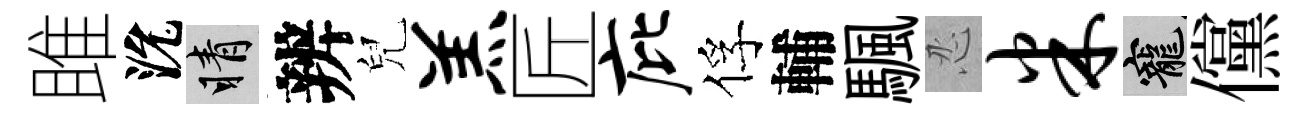
雎沇睛辨兒羔匠庇俘輔颿忍米寵儻